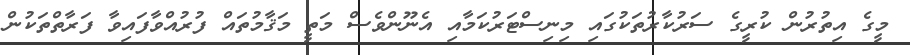
މީގެ އިތުރުން ކުރީގެ ސަރުކާރުތަކުގައި މިނިސްޓަރުކަމާއި އެނޫންވެސް މަތީ މަޤާމުތައް ފުރުއްވާފައިވާ ފަރާތްތަކުން